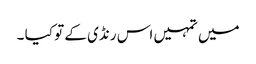
میں تمہیں اس رنڈی کے تو کیا ۔